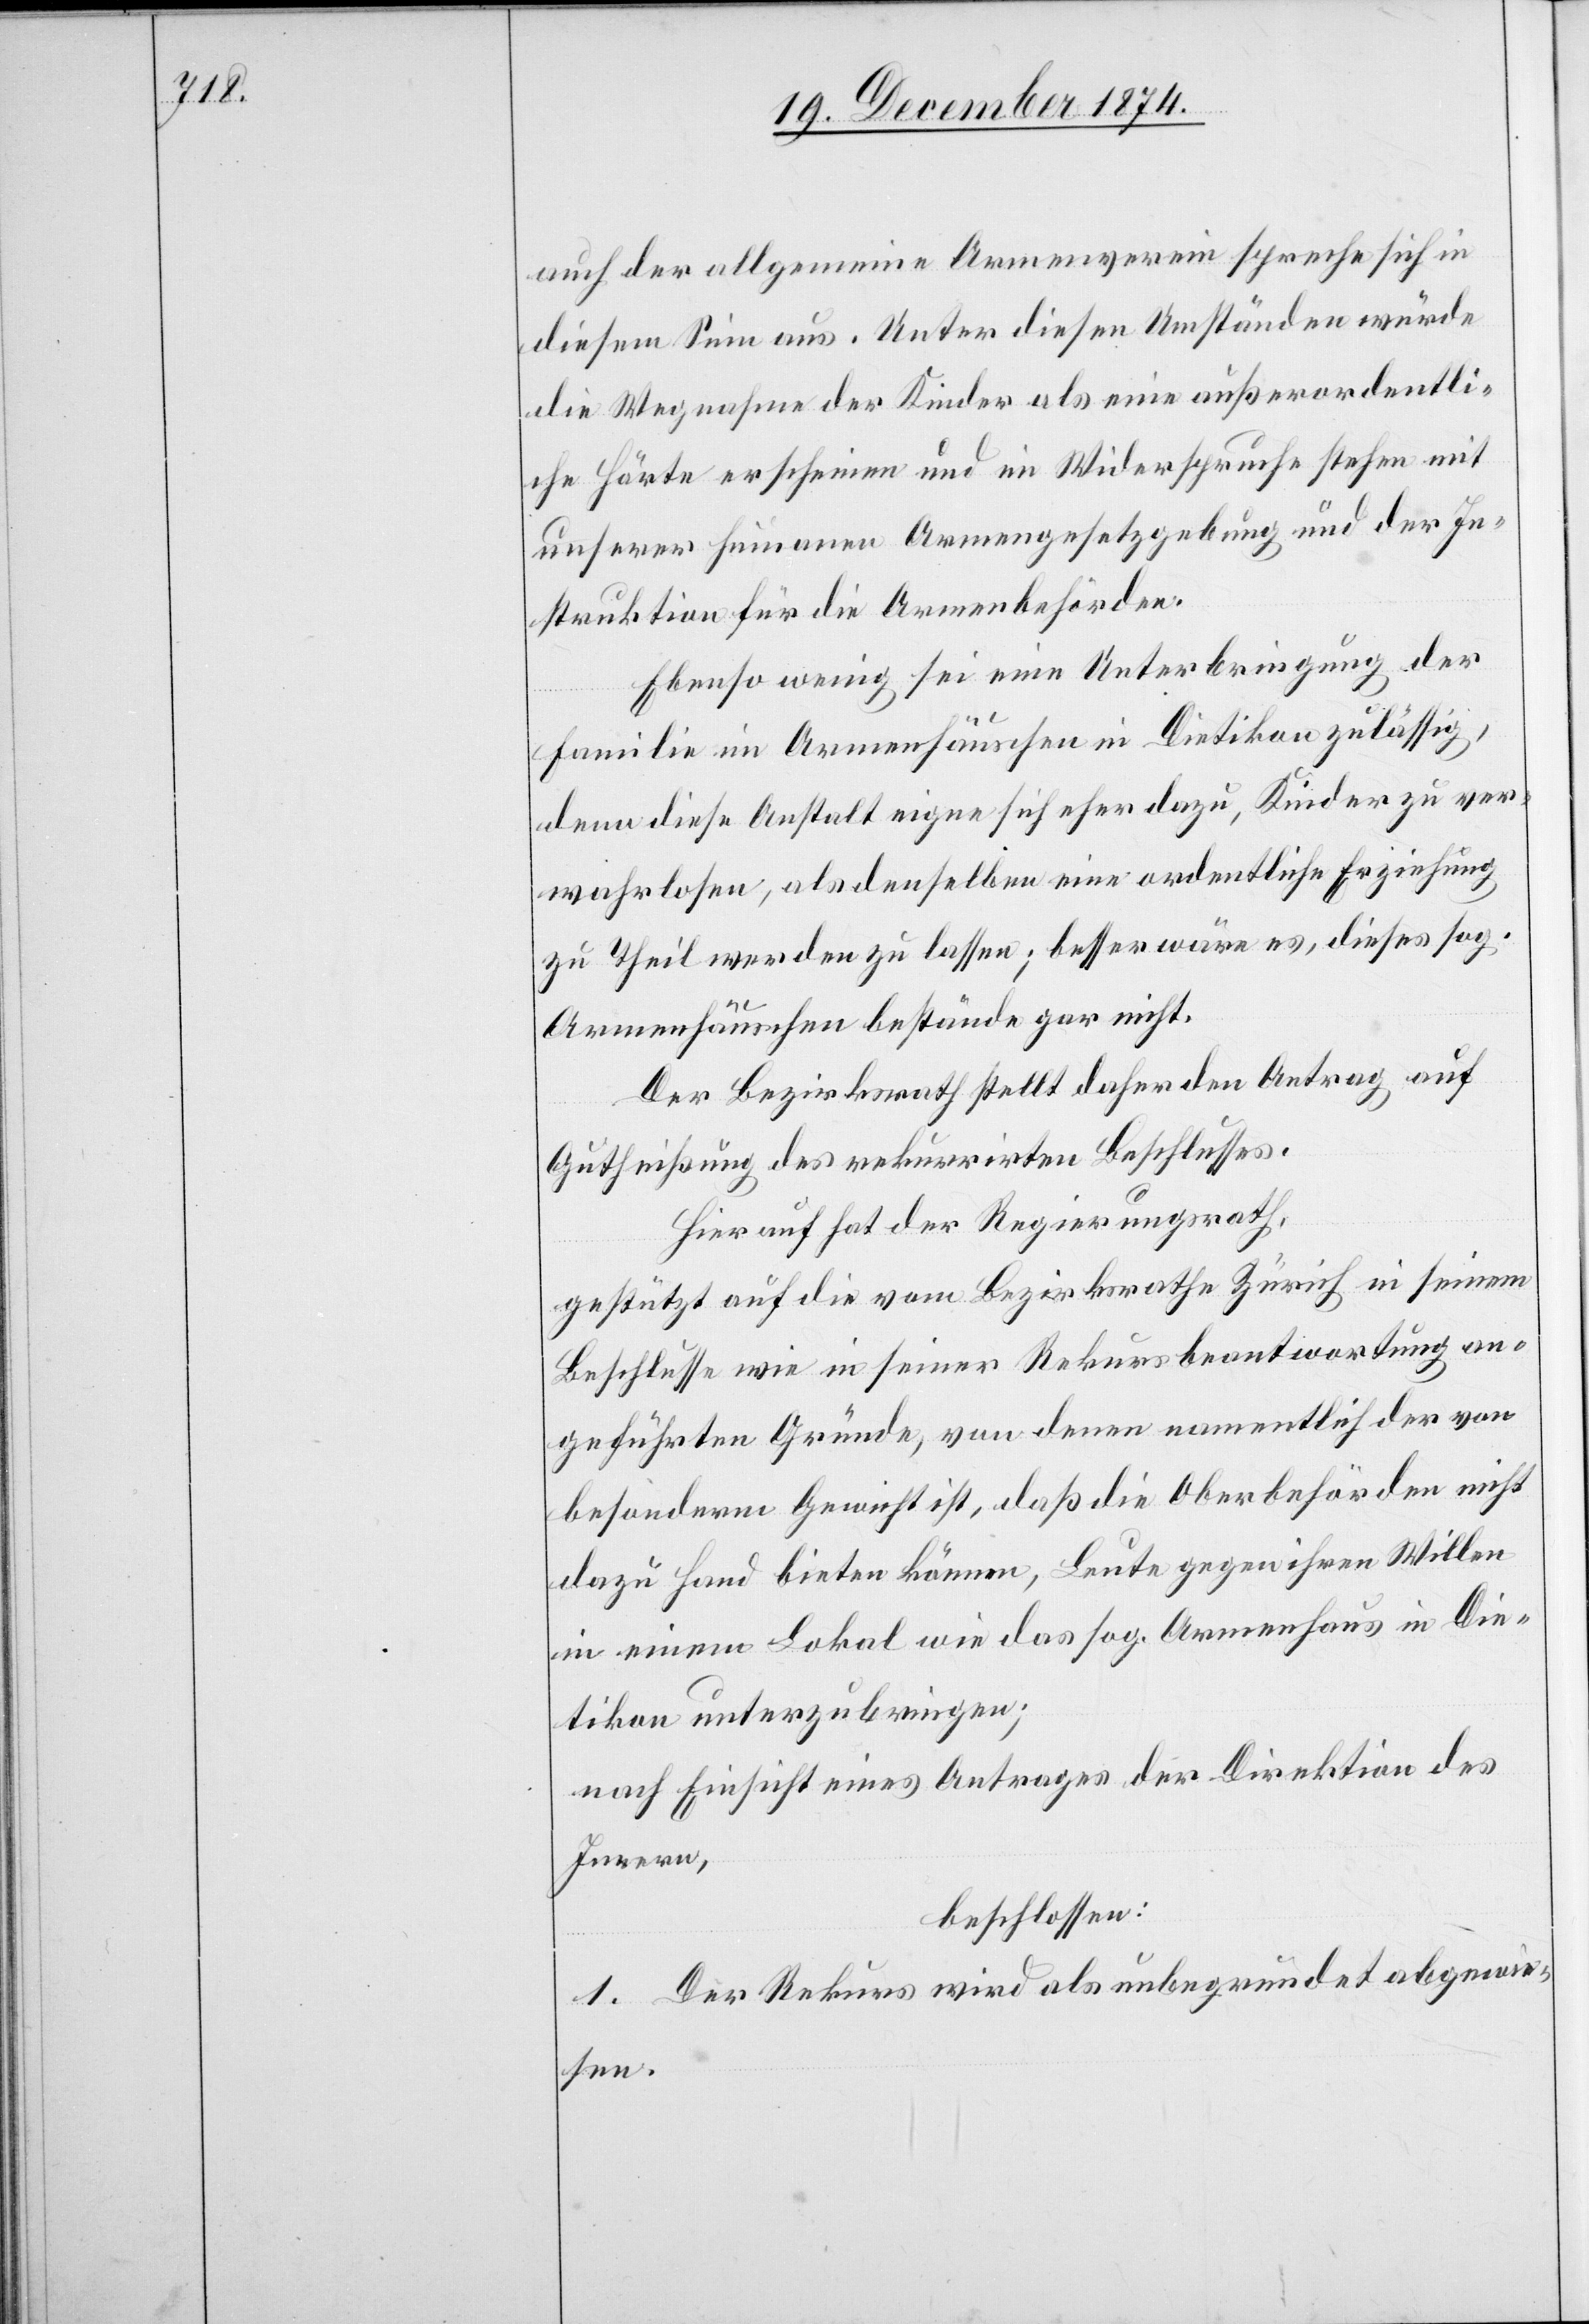
auch der allgemeine Armenverein spreche sich in
diesem Sinn aus. Unter diesen Umständen würde
die Wegnahme der Kinder als eine außerordentli¬
che Härte erscheinen und im Widerspruche stehen mit
unserer humanen Armengesetzgebung und der In¬
struktion für die Armenbehörden.
Ebenso wenig sei eine Unterbringung der
Familie im Armenhäuschen in Dietikon zulässig,
denn diese Anstalt eigne sich eher dazu, Kinder zu ver¬
wahrlosen, als denselben eine ordentliche Erziehung
zu Theil werden zu lassen; besser wäre es, dieses sog.
Armenhäuschen bestände gar nicht.
Der Bezirksrath stellt daher den Antrag auf
Gutheißung des rekurrirten Beschlusses.
Hierauf hat der Regierungsrath,
gestützt auf die vom Bezirksrathe Zürich in seinem
Beschlusse wie in seiner Rekursbeantwortung an¬
geführten Gründe, von denen namentlich der von
besonderm Gewicht ist, daß die Oberbehörden nicht
dazu Hand bieten können, Leute gegen ihren Willen
in einem Lokal wie das sog. Armenhaus in Die¬
tikon unterzubringen;
nach Einsicht eines Antrages der Direktion des
Innern,
beschlossen:
1. Der Rekurs wird als unbegründet abgewie¬
sen.